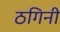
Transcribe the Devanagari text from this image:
ठगिनी